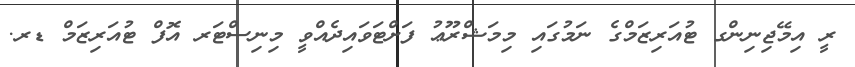
ރީ އިމޭޖިނިންގ ޓުއަރިޒަމްގެ ނަމުގައި މިމަޝްރޫޢު ފަށްޓަވައިދެއްވީ މިނިސްޓަރ އޮފް ޓުއަރިޒަމް ޑރ.